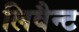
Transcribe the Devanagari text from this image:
लिवैन्ट